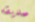
صديقه